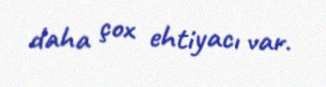
daha çox ehtiyacı var.